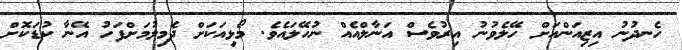
ހެނދުނު އިޒިއަންއަށް ހޭލެވުނު އިރުވެސް އަނާލްއެއް ނުހޭލައެވެ. މޯޅިއަކަށް ދެމިލުމަށްފަހު އޭނާ ކުޑަކޮށް